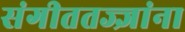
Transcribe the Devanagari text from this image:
संगीततज्ज्ञांना